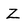
Character: Z